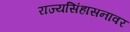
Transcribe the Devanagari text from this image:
राज्यसिंहासनावर